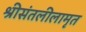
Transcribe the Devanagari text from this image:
श्रीसंतलीलामृत